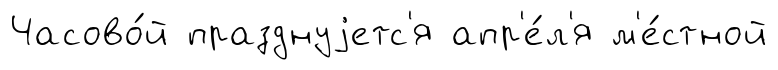
Часово́й празднуjетс'я апр'е́л'я м'е́стной